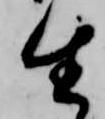
生